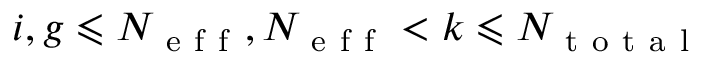
i , g \leqslant N _ { \mathrm { ~ e ~ f ~ f ~ } } , N _ { \mathrm { ~ e ~ f ~ f ~ } } < k \leqslant N _ { \mathrm { ~ t ~ o ~ t ~ a ~ l ~ } }